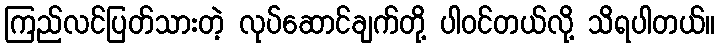
ကြည်လင်ပြတ်သားတဲ့ လုပ်ဆောင်ချက်တို့ ပါဝင်တယ်လို့ သိရပါတယ်။